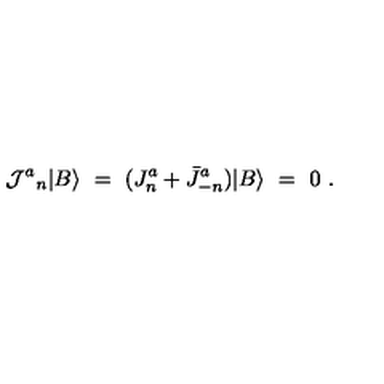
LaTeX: { { \cal J } ^ { a } } _ { n } \vert B \rangle \ = \ ( J _ { n } ^ { a } + \bar { J } _ { - n } ^ { a } ) \vert B \rangle \ = \ 0 \ .